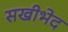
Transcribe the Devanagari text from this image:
सखीभेद